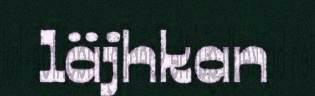
läjhkan